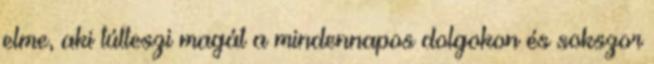
elme, aki túlteszi magát a mindennapos dolgokon és sokszor